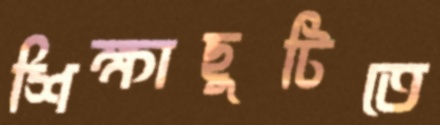
শিক্ষাছুটিতে